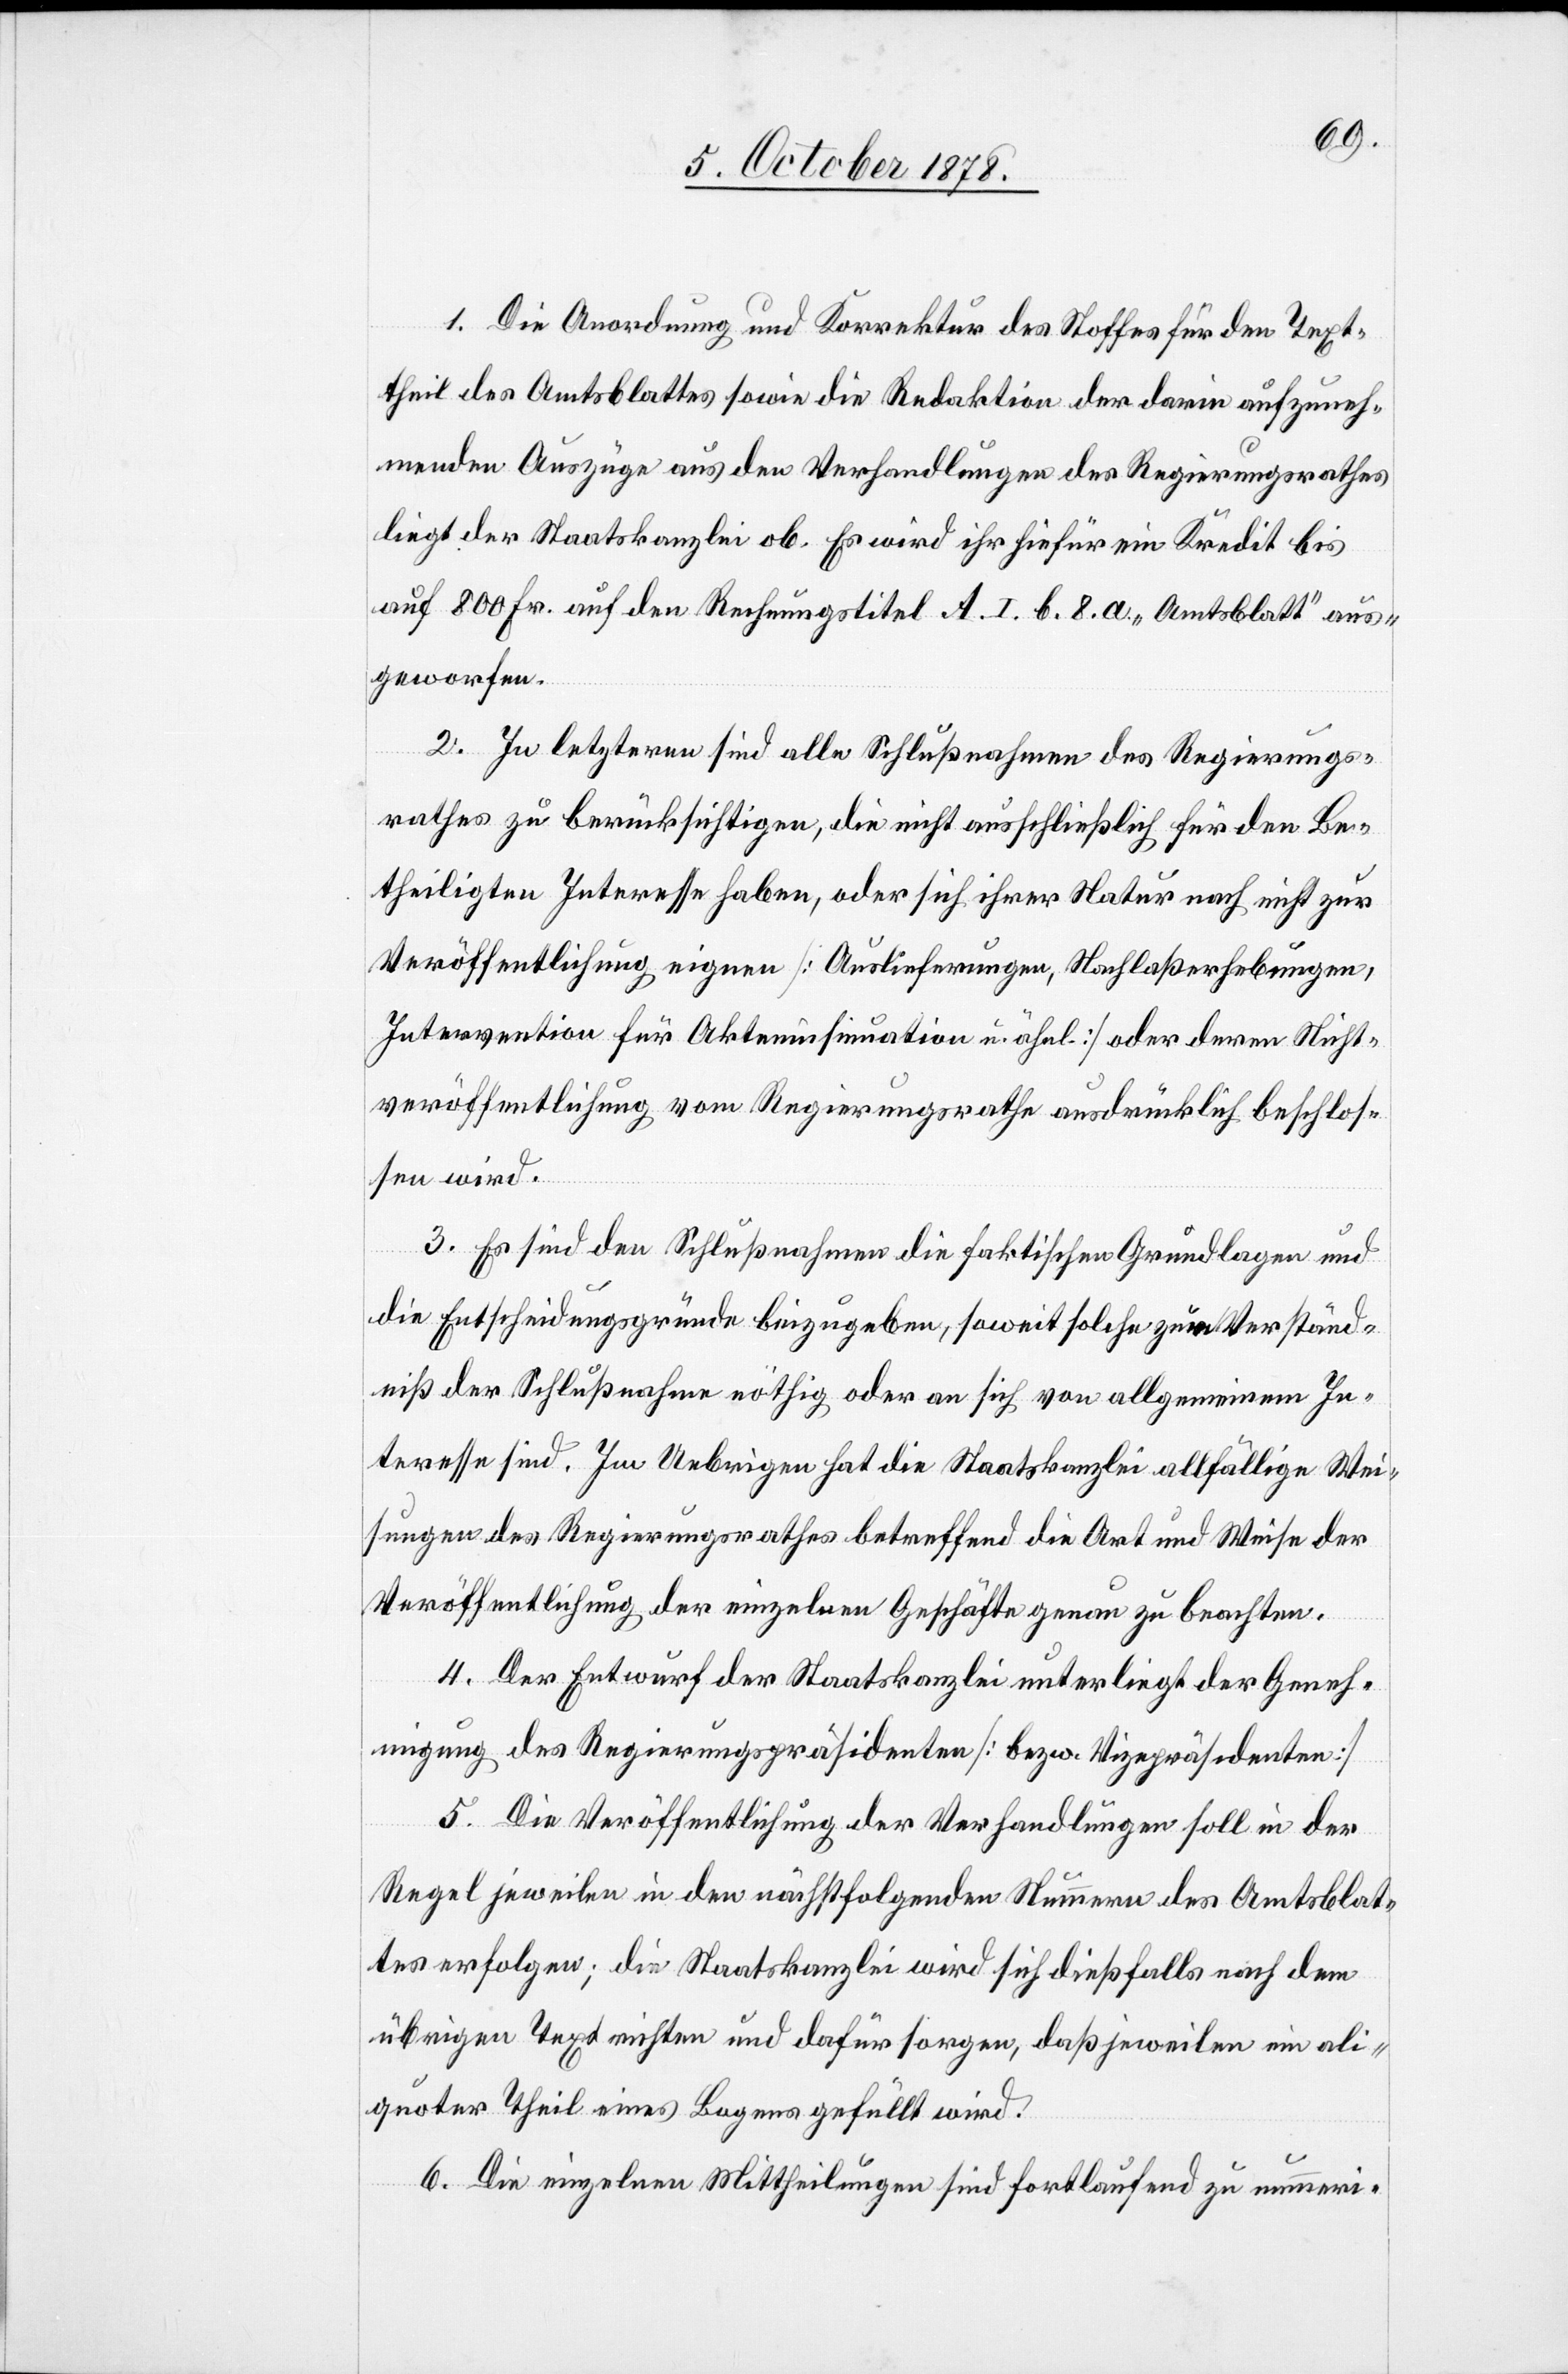
1. Die Anordnung und Korrektur des Stoffes für den Text¬
theil des Amtsblattes sowie die Redaktion der darin aufzuneh¬
menden Auszüge aus den Verhandlungen des Regierungsrathes
liegt der Staatskanzlei ob. Es wird ihr hiefür ein Kredit bis
auf 800 Fr. auf den Rechnungstitel A. I. b. 8. a. „Amtsblatt“ aus¬
geworfen.
2. In letzteren sind alle Schlußnahmen des Regierungs¬
rathes zu berücksichtigen, die nicht ausschließlich für den Be¬
theiligten Interesse haben, oder sich ihrer Natur nach nicht zur
Veröffentlichung eignen [Auslieferungen, Nachlaßerhebungen,
Intervention für Akteninsinuation u. ähnl.] oder deren Nicht¬
veröffentlichung vom Regierungsrathe ausdrücklich beschlos¬
sen wird.
3. Es sind den Schlußnahmen die faktischen Grundlagen und
die Entscheidungsgründe beizugeben, soweit solche zum Verständ¬
niß der Schlußnahmen nöthig oder an sich von allgemeinem In¬
teresse sind. Im Uebrigen hat die Staatskanzlei allfällige Wei¬
sungen des Regierungsrathes betreffend die Art und Weise der
Veröffentlichung der einzelnen Geschäfte genau zu beachten.
4. Der Entwurf der Staatskanzlei unterliegt der Geneh¬
migung des Regierungspräsidenten [bezw. Vizepräsidenten].
5. Die Veröffentlichung der Verhandlungen soll in der
Regel jeweilen in den nächstfolgenden Nummern des Amtsblat¬
tes erfolgen; die Staatskanzlei wird sich dießfalls nach dem
übrigen Text richten und dafür sorgen, daß jeweilen ein ali¬
quoter Theil eines Bogens gefüllt wird.
6. Die einzelnen Mittheilungen sind fortlaufen zu nummeri-